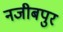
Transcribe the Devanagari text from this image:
नजीबपुर